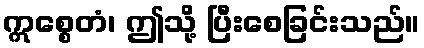
ဣစ္စေတံ၊ ဤသို့ ပြီးစေခြင်းသည်။